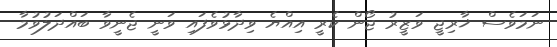
ނަމަވެސް ޚާރިޖީ ވަޒީރު ޖޯން ކެރީ އިއްޔެ ވިދާޅުވެފައި ވަނީ ޖެނީވާ ބައްދަލުވުމާ